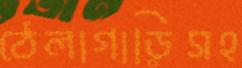
ঠেলাগাড়িসহ